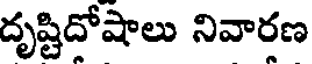
దృష్టిదోషాలు నివారణ